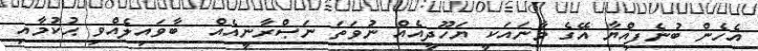
އެހެން ބުނެފިއްޔާ އޭގެ މާނައަކީ ޔަހޫދީއެއް ނުވަތަ ނަޞްރާނީއެއް  ބާވައިލެއްވި ޙުކުމާއި